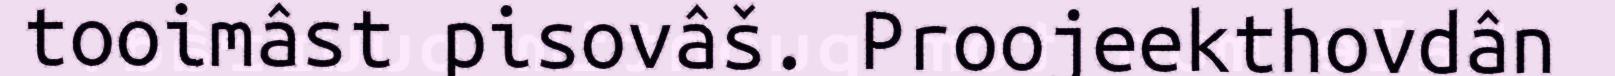
tooimâst pisovâš. Proojeekthovdân